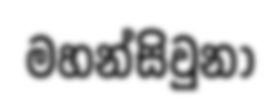
මහන්සිවුනා